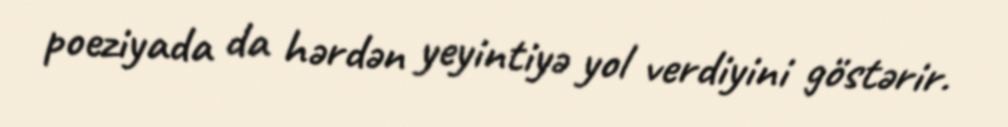
poeziyada da hərdən yeyintiyə yol verdiyini göstərir.